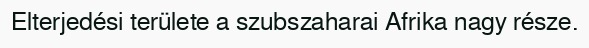
Elterjedési területe a szubszaharai Afrika nagy része.